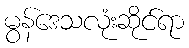
မွန်ဒေသလုံးဆိုင်ရာ